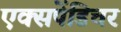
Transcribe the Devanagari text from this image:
एक्‍सपेंडिचर